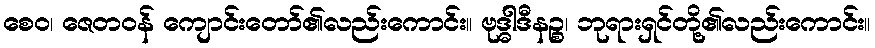
စေဝ၊ ဇေတဝန် ကျောင်းတော်၏လည်းကောင်း။ ဗုဒ္ဓါဒီနဉ္စ၊ ဘုရားရှင်တို့၏လည်းကောင်း။